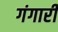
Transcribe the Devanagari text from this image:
गंगारी